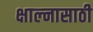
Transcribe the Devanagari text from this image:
क्षाल्नासाठी